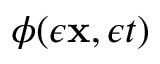
\phi ( \epsilon { \mathbf { x } } , \epsilon t )